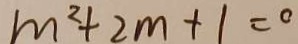
m ^ { 2 } + 2 m + 1 = 0